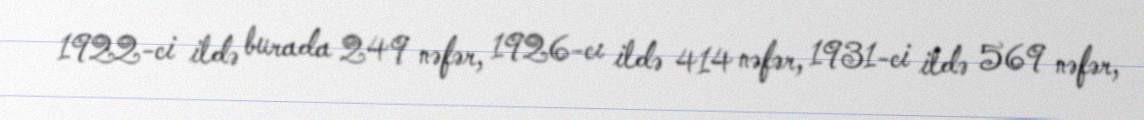
1922-ci ildə burada 249 nəfər, 1926-cı ildə 414 nəfər, 1931-ci ildə 569 nəfər,